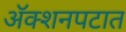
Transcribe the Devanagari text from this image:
अॅक्शनपटात